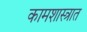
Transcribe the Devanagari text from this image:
कामशास्त्रात